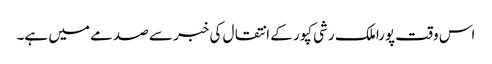
اس وقت پورا ملک رشی کپور کے انتقال کی خبر سے صدمے میں ہے۔